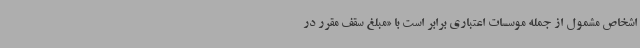
اشخاص مشمول از جمله موسسات اعتباری برابر است با «مبلغ سقف مقرر در